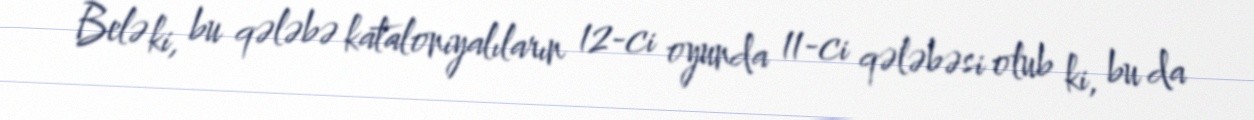
Belə ki, bu qələbə kataloniyalıların 12-ci oyunda 11-ci qələbəsi olub ki, bu da